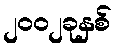
၂၀၀၂ခုနှစ်